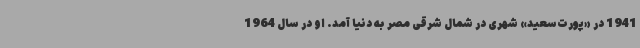
1941 در «پورت‌سعید» شهری در شمال شرقی مصر به دنیا آمد. او در سال 1964